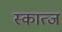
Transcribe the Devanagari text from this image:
स्कात्ज